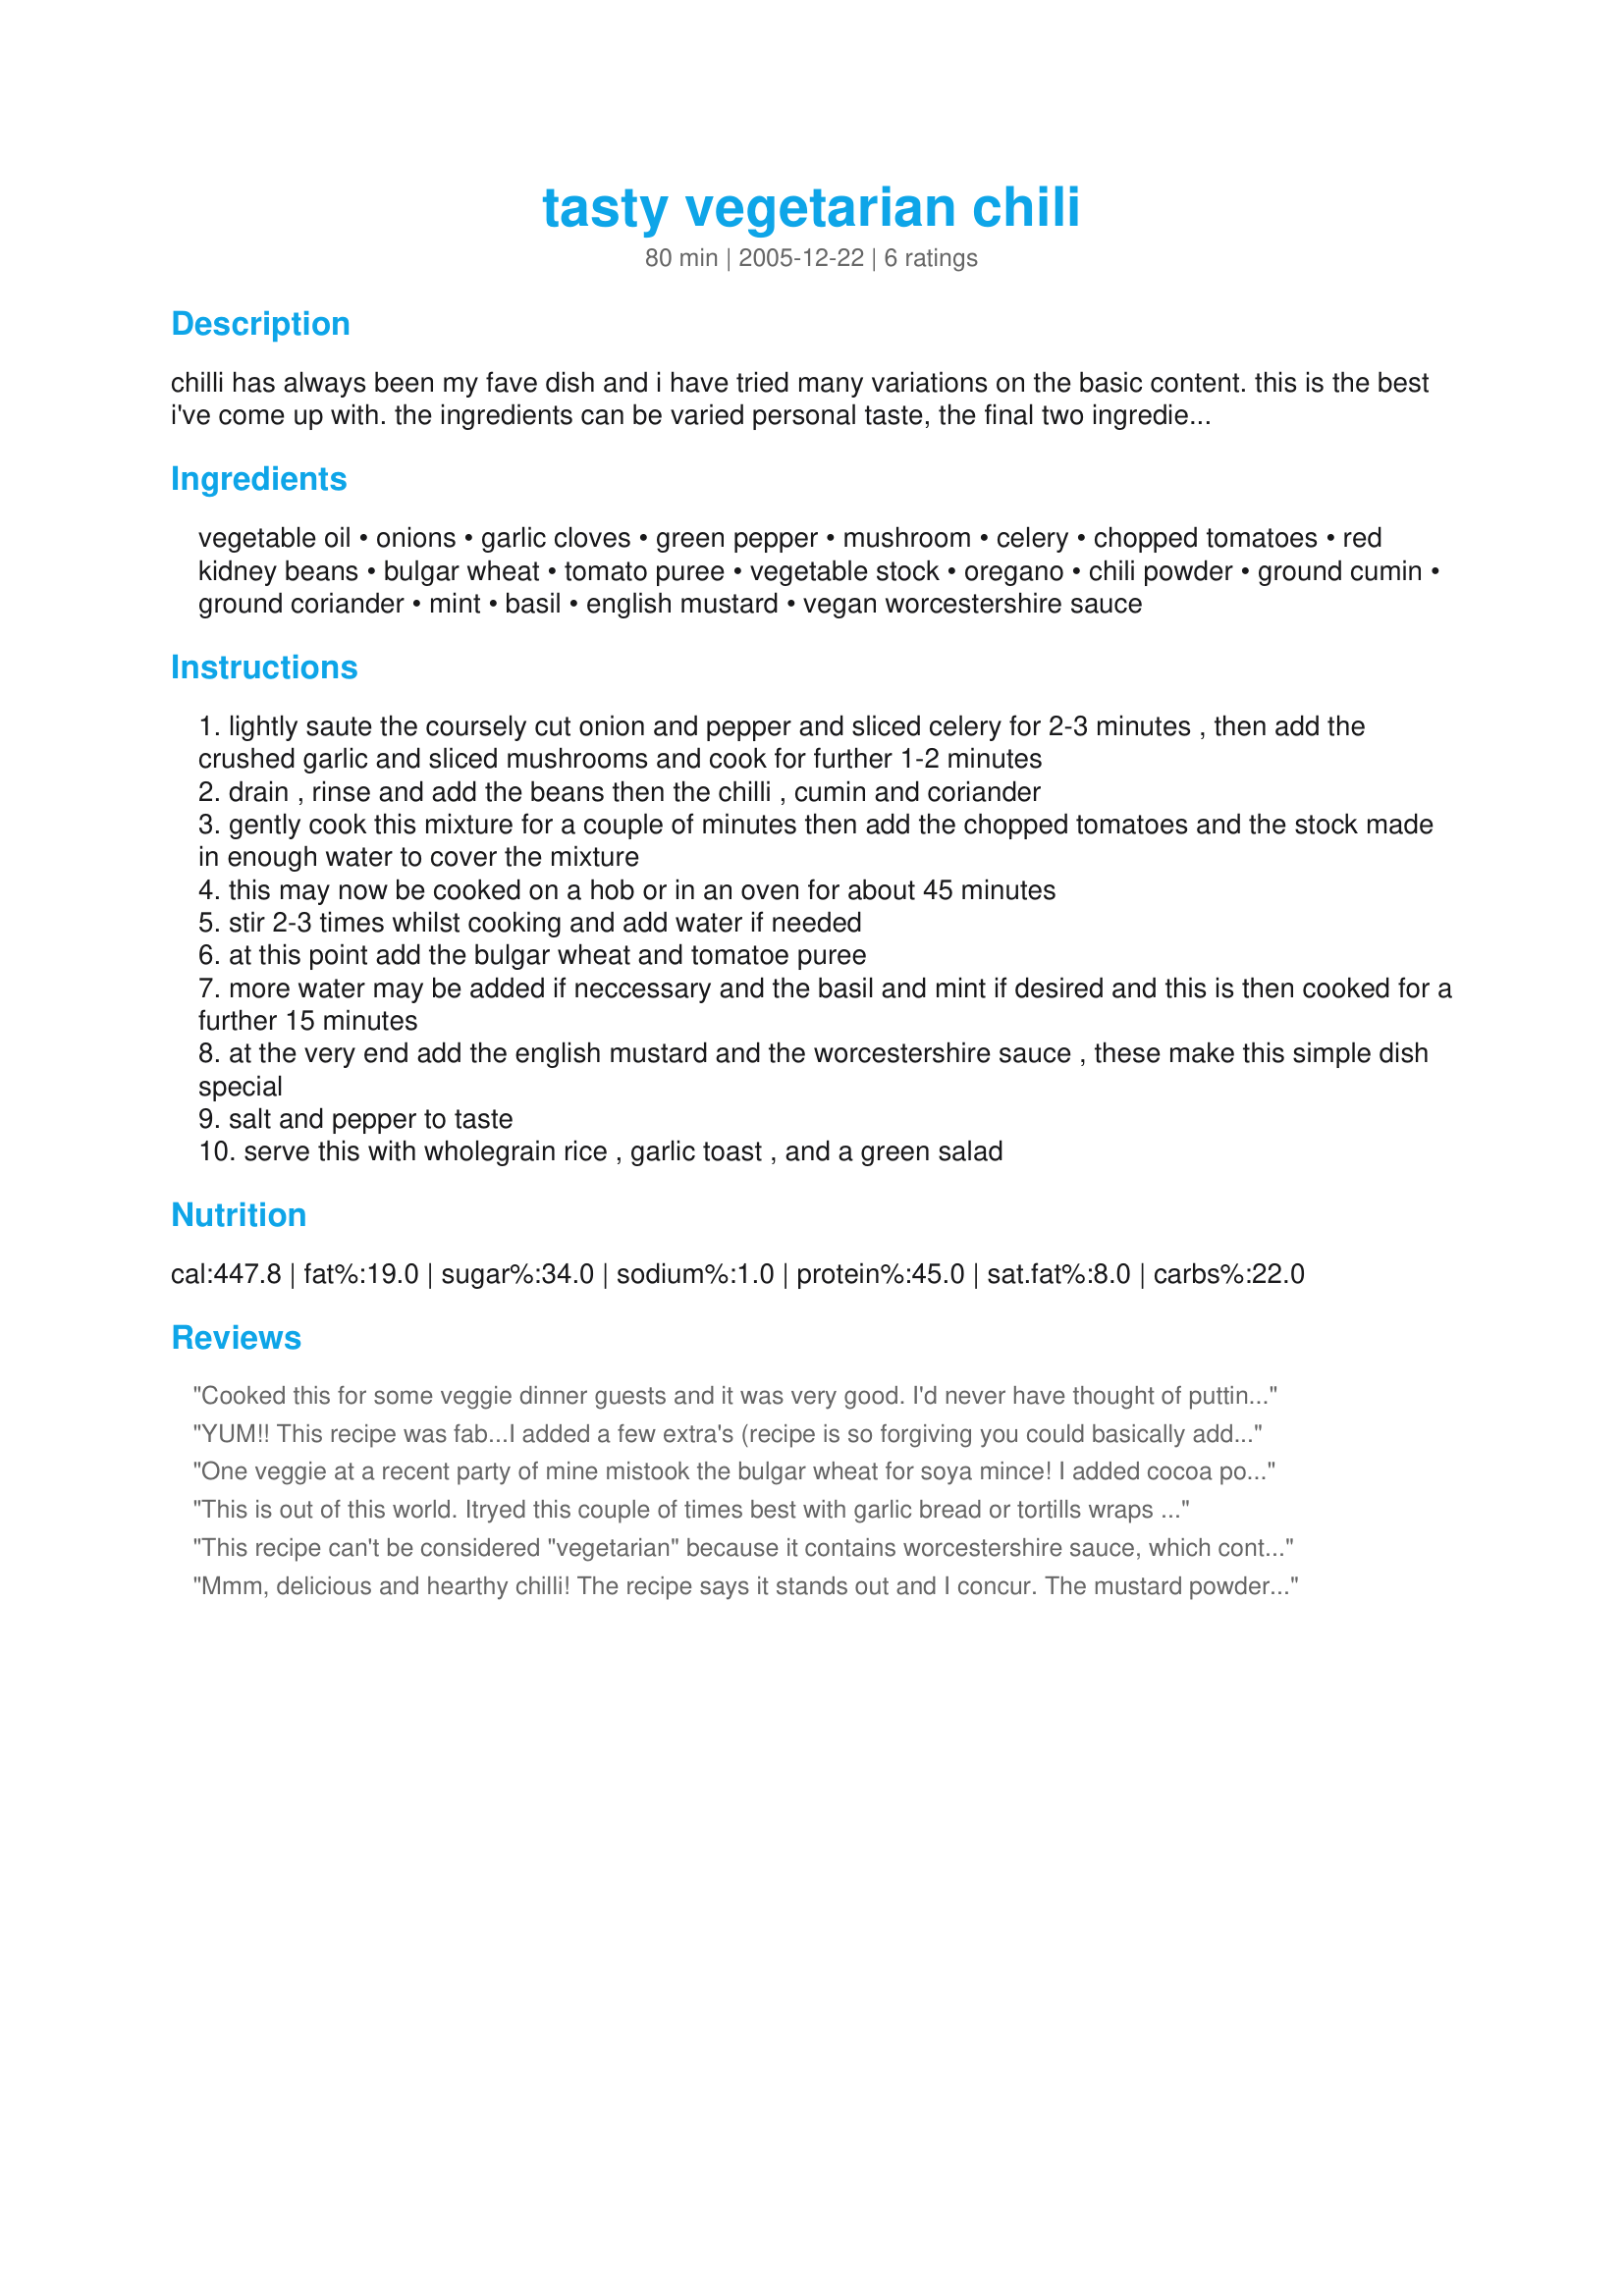
tasty vegetarian chili
Preparation time: 80 minutes

chilli has always been my fave dish and i have tried many variations on the basic content. this is the best i've come up with. the ingredients can be varied personal taste, the final two ingredients are what makes this dish stand out!

Ingredients:
vegetable oil, onions, garlic cloves, green pepper, mushroom, celery, chopped tomatoes, red kidney beans, bulgar wheat, tomato puree, vegetable stock, oregano, chili powder, ground cumin, ground coriander, mint, basil, english mustard, vegan worcestershire sauce

Steps:
lightly saute the coursely cut onion and pepper and sliced celery for 2-3 minutes , then add the crushed garlic and sliced mushrooms and cook for further 1-2 minutes
drain , rinse and add the beans then the chilli , cumin and coriander
gently cook this mixture for a couple of minutes then add the chopped tomatoes and the stock made in enough water to cover the mixture
this may now be cooked on a hob or in an oven for about 45 minutes
stir 2-3 times whilst cooking and add water if needed
at this point add the bulgar wheat and tomatoe puree
more water may be added if neccessary and the basil and mint if desired and this is then cooked for a further 15 minutes
at the very end add the english mustard and the worcestershire sauce , these make this simple dish special
salt and pepper to taste
serve this with wholegrain rice , garlic toast , and a green salad

Reviews:
Cooked this for some veggie dinner guests and it was very good. I'd never have thought of putting celery in a chilli. Missed out the basil and mint and it didn't seem to matter. The bulgar wheat thinkened it up nicely and I added a drop or two of Daves Insanity Hot Sauce to give it a bit more of a kick.
YUM!! This recipe was fab...I added a few extra's (recipe is so forgiving you could basically add what ever veg you have on hand) I added 1 large chopped carrot and replaced one of the onions with a large leek also replacing the puree with tomato paste. I reduced the cooking time in step 3 and added more veg stock in step 4.This was enjoyed by all including my meatloving DH. Thanks for sharing.
One veggie at a recent party of mine mistook the bulgar wheat for soya mince!

I added cocoa powder, fresh chilli and doubled the garlic and omitted the mint & basil.

Extremely tasty and very easy to make - thanks!
This is out of this world. Itryed this couple of times best with garlic bread or tortills wraps lovely gubble this recipe is passed it on to many friends a big must tryed 10/10 i even went back for a 2nd bowel
This recipe can't be considered "vegetarian" because it contains worcestershire sauce, which contains anchovies.
Mmm, delicious and hearthy chilli! The recipe says it stands out and I concur. The mustard powder and mint gave the dish a delightful richness in taste. Served with garlic bread, this is a sure winner for anyone that likes chilli and garlic.
